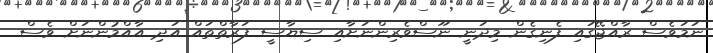
ނަމަވެސް ރާއްޖޭގައި ފެނިގެން މިދަނީ ނޫސްވެރިންނަށާއި ސިޔާސީ ފަރާތްތައް އަދި އާއްމުންނަށް ވެސް